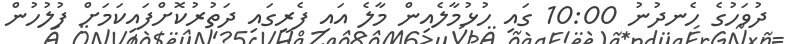
ދުވަހުގެ ހެނދުނު 10:00 ގައި ހުޅުމާލެއިން މާލެ އައި ފެރީގައި ދަތުރުކޮށްފައިކަމަށް ފުލުހުން